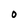
Character: O